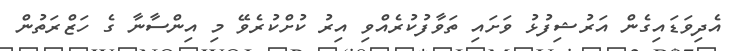
އެދިވަޑައިގެން އަރުޝިފުޅު ވަށައި ތަވާފުކުރެއްވި އިރު ކުށްކުރެވޭ މި އިންސާނާ ގެ ހަޒްރަތުން